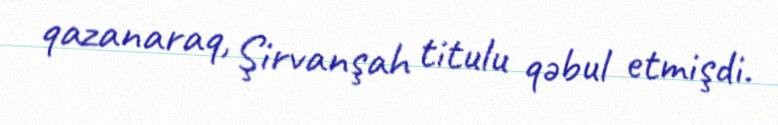
qazanaraq, Şirvanşah titulu qəbul etmişdi.